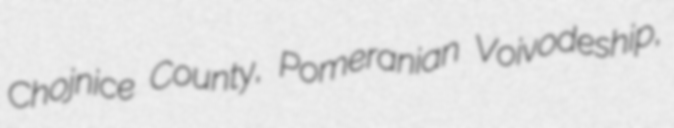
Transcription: Chojnice County, Pomeranian Voivodeship,